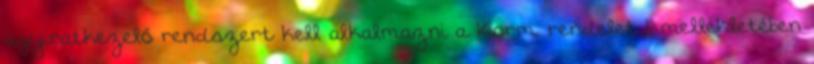
ügyiratkezelő rendszert kell alkalmazni a Korm. rendelet 1. mellékletében